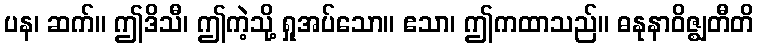
ပန၊ ဆက်။ ဤဒိသီ၊ ဤကဲ့သို့ ရှုအပ်သော။ ဧသာ၊ ဤကထာသည်။ ဓနုနာဝိဇ္ဈတီတိ